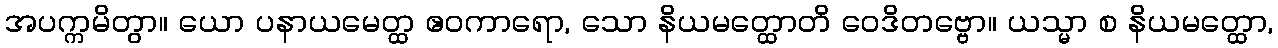
အပက္ကမိတွာ။ ယော ပနာယမေတ္ထ ဧဝကာရော, သော နိယမတ္ထောတိ ဝေဒိတဗ္ဗော။ ယသ္မာ စ နိယမတ္ထော,